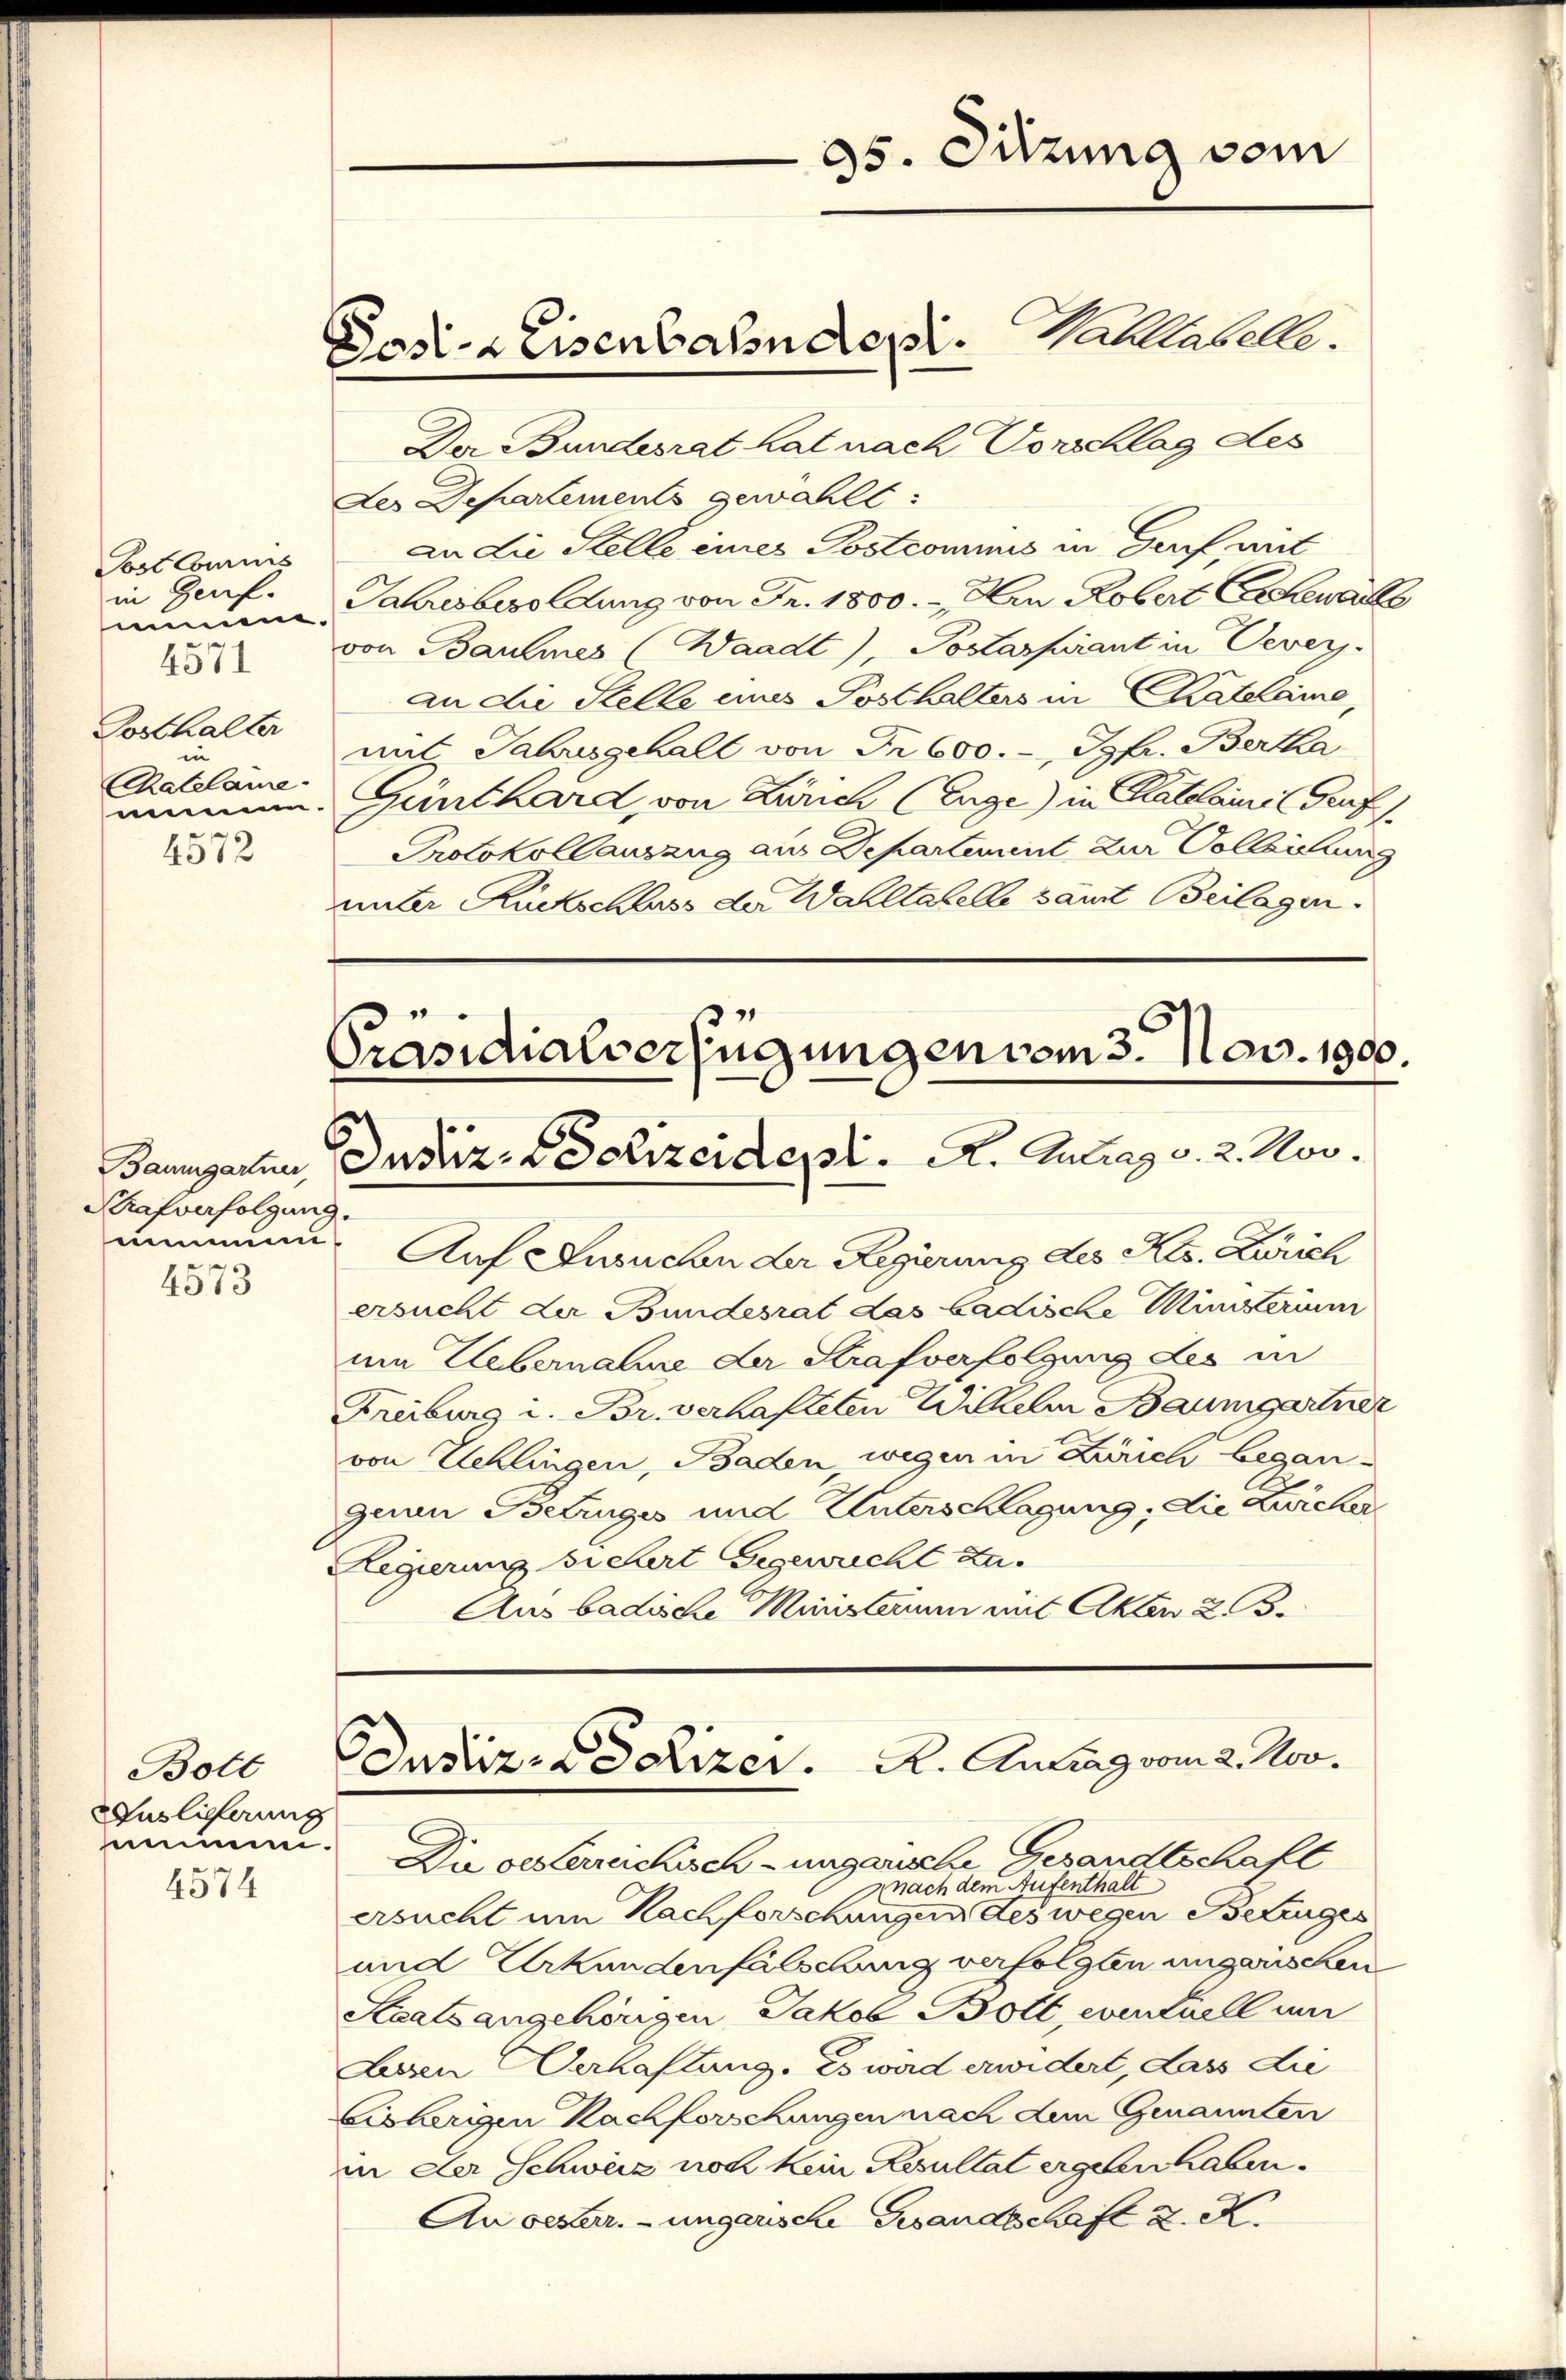
Post Commis
in Genf.
immen.
4571
Posthalter
in
Chatelame

4572

Strafverfolgung.
4573

Bott
Auslieferung
simmen.
4574

Dasi-Keisenbahndepi. Galltabelle.

Der Bundesrat hat nach Vorschlag des
Les Departements gewählt:
an die Stelle eines Postcommis in Graf, mit
Jahresbesoldung von Fr. 1800. - Hrn. Robert Gehewalte
von Baumes (Waadt, Postaspirant in Vevers.
an die Stelle eines Posthalters in Katelame,
mit Jahresgehalt von Fr. 600. - Jgfr. Berta
nummen. Günthard, von Zürich (Enge) in Klatsleine Prof
Protokollauszug aus Departement zur Vollziehung
unter Rückschluss der Walltabelle samt Beilagen.

95. Simung vom

Präsidialverfügungen vom 3. Nov. 1900.
Baumgarten Justiz - Polizeidept.   A. Antrag v. 2. Nov.

nimmen. Auf Ansuchen der Regierung des Kts. Zürich
ersucht der Bundesrat das badische Ministerium
um Uebernahme der Strafverfolgung des in
Freiburg i. Br. verhafteten Wilhelm Baumgartner
von Schlingen, Baden, wegen in Zürich begangenen Betruges und Unterschlagung; die Zwicker
Regierung sichert Gegewicht zu
Aus badische Ministerum mit Akten 2. B.

Ousiiz-Pödizer. K. Antrag vom 2. Nov.

Die oesterreichisch-ungarische Gesandtschaft
nach dem Aufenthalt
ersucht um Nachforschungen des wegen Betruges
und Urkundenfalschung verfolgten ungarischen
Staatsangehörigen Jakob Bolt, eventuell um
Lesen Verhaftung. Es wird erwidert, dass die
bisherigen Nachforschungen nach dem Genannten
in der Schweiz noch kein Resultat ergeben haben.
An oester. - ungarische Gesandtschaft 2. K